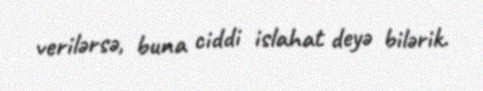
verilərsə, buna ciddi islahat deyə bilərik.